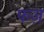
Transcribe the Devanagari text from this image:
फज़